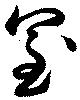
皇